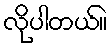
လိုပါတယ်။